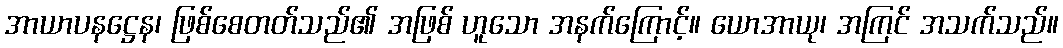
အာယာပနဋ္ဌေန၊ ဖြစ်စေတတ်သည်၏ အဖြစ် ဟူသော အနက်ကြောင့်။ ယောအာယု၊ အကြင် အသက်သည်။